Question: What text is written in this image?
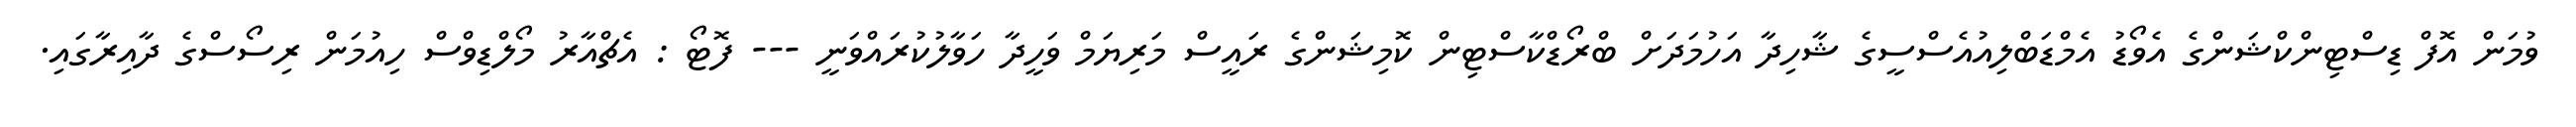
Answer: ވުމަން އޮފް ޑިސްޓިންކްޝަންގެ އެވޯޑު އެމްޑަބްލިއުއެސްސީގެ ޝާހިދާ އަހުމަދަށް ބްރޯޑްކާސްޓިން ކޮމިޝަންގެ ރައީސް މަރިޔަމް ވަހީދާ ހަވާލުކުރައްވަނީ --- ފޮޓޯ : އެޗްއާރު މޯލްޑިވްސް ހިއުމަން ރިސޯސްގެ ދާއިރާގައި.